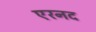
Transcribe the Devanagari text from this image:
एरनद